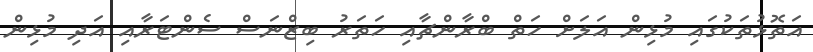
އަތޮޅުތަކުގައި މުޅިން އަލަށް ހަތް ބްރާންޗާއި ހަތަރު ބިޒްނަސް ސެންޓަރާއި އަދި މުޅިން